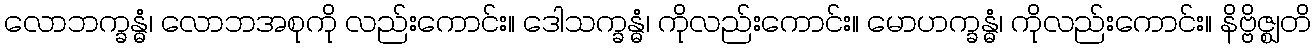
လောဘက္ခန္ဓံ၊ လောဘအစုကို လည်းကောင်း။ ဒေါသက္ခန္ဓံ၊ ကိုလည်းကောင်း။ မောဟက္ခန္ဓံ၊ ကိုလည်းကောင်း။ နိဗ္ဗိဇ္ဈတိ